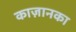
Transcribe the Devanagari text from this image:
काज़ानका